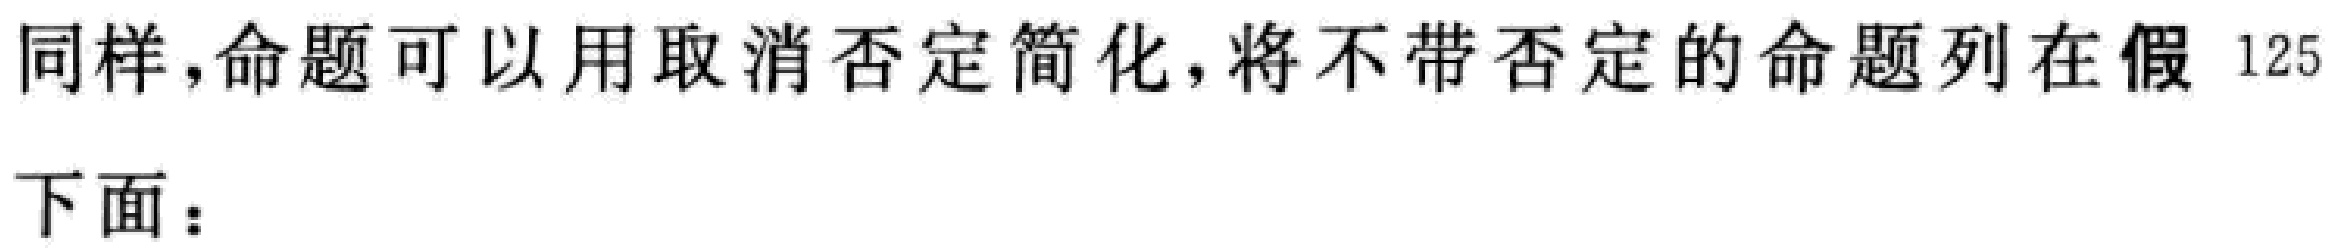
同样，命题可以用取消否定简化，将不带否定的命题列在假 \textcircled{125} 下面：